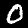
Digit: 0